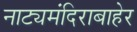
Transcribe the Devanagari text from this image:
नाट्यमंदिराबाहेर